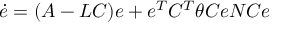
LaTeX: { \dot { e } } = ( A - L C ) e + e ^ { T } C ^ { T } \theta C e N C e